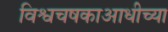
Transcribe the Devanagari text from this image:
विश्वचषकाआधीच्या